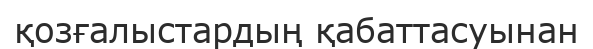
қозғалыстардың қабаттасуынан